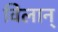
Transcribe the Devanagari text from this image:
विलान्